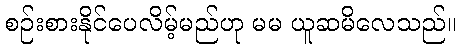
စဉ်းစားနိုင်ပေလိမ့်မည်ဟု မမ ယူဆမိလေသည်။